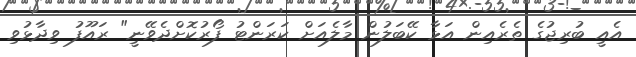
އެއީ ބުރިޖުގެ ތެރެއިން އަޅާ ކޭބަލުން މާލެއަށް ކަރަންޓު ފޯރުކޮށްދެވޭނީ" ރައޫފު ވިދާޅުވި